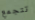
تتجمع